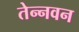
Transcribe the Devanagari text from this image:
तेन्नवन